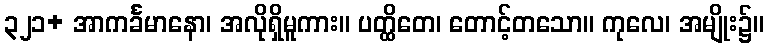
၃၂၁+ အာကင်္ခမာနော၊ အလိုရှိမူကား။ ပတ္ထိတေ၊ တောင့်တသော။ ကုလေ၊ အမျိုး၌။